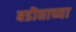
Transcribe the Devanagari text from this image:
बडॊद्याच्या